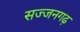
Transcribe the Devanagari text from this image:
सज्‍जनगढ़